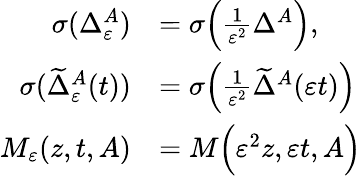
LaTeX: \begin{array}{rl}{\sigma(\Delta_{\varepsilon}^{A})}&{=\sigma\Big(\frac{1}{\varepsilon^{2}}\Delta^{A}\Big),}\\ {\sigma(\widetilde{\Delta}_{\varepsilon}^{A}(t))}&{=\sigma\Big(\frac{1}{\varepsilon^{2}}\widetilde{\Delta}^{A}(\varepsilon t)\Big)}\\ {M_{\varepsilon}(z,t,A)}&{=M\Big(\varepsilon^{2}z,\varepsilon t,A\Big)}\end{array}